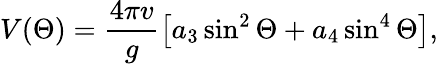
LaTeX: V(\Theta)=\frac{4\pi v}{g}\left[a_{3}\sin^{2}\Theta+a_{4}\sin^{4}\Theta\right],